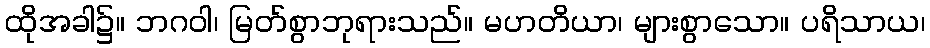
ထိုအခါ၌။ ဘဂဝါ၊ မြတ်စွာဘုရားသည်။ မဟတိယာ၊ များစွာသော။ ပရိသာယ၊